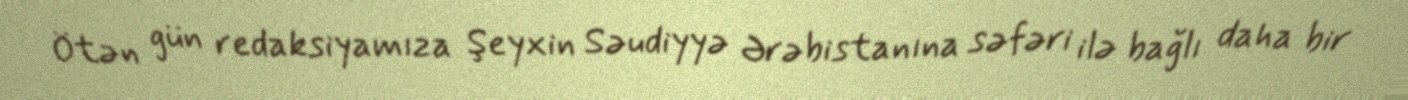
Ötən gün redaksiyamıza Şeyxin Səudiyyə Ərəbistanına səfəri ilə bağlı daha bir